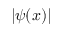
| \psi ( x ) |